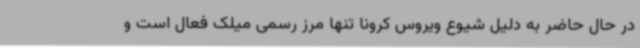
در حال حاضر به دلیل شیوع ویروس کرونا تنها مرز رسمی میلک فعال است و